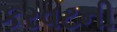
કરવટની